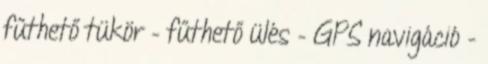
fűthető tükör – fűthető ülés – GPS navigáció –